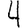
Digit: 4